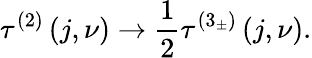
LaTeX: \tau^{\left(2\right)}\left(j,\nu\right)\rightarrow\frac{1}{2}\tau^{\left(3_{\pm}\right)}\left(j,\nu\right).